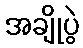
အချိုပွဲ